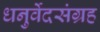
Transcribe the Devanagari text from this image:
धनुर्वेदसंग्रह